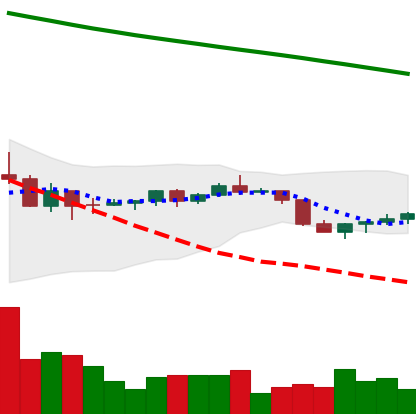
Ticker: DOGE-USD
Chart end date: 2022-07-16
Forward return: 8.836%
Label: up_7plus